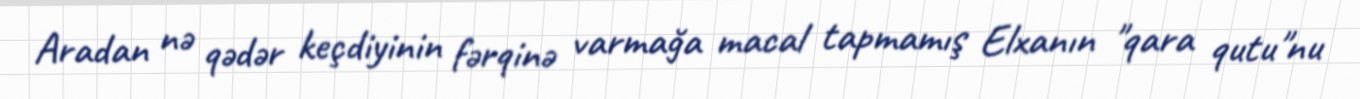
Aradan nə qədər keçdiyinin fərqinə varmağa macal tapmamış Elxanın "qara qutu"nu